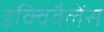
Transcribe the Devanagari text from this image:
इक्विवैलेंस